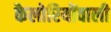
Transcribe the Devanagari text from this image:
कैलोरियोंवाली